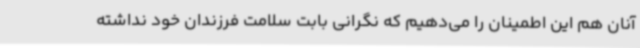
آنان هم این اطمینان را می‌دهیم که نگرانی بابت سلامت فرزندان خود نداشته